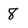
Character: 8